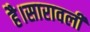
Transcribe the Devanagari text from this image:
है।सारावली